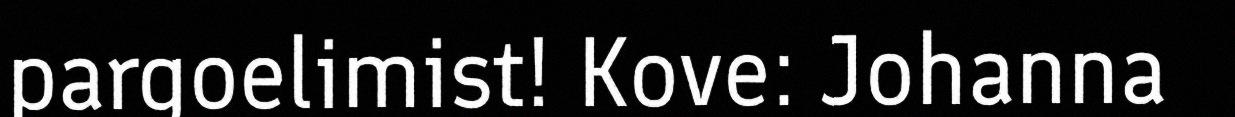
pargoelimist! Kove: Johanna